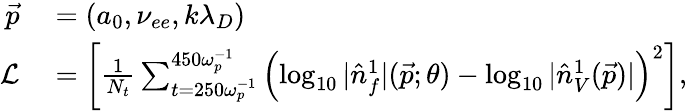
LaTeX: \begin{array}{rl}{\vec{p}}&{{}=(a_{0},\nu_{ee},k\lambda_{D})}\\ {\mathcal{L}}&{{}=\left[\frac{1}{N_{t}}\sum_{t=250\omega_{p}^{-1}}^{450\omega_{p}^{-1}}\left(\log_{10}|\hat{n}_{f}^{1}|(\vec{p};\theta)-\log_{10}|\hat{n}_{V}^{1}(\vec{p})|\right)^{2}\right],}\end{array}